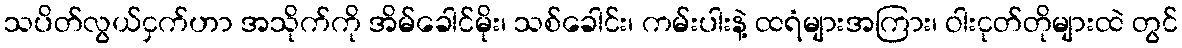
သပိတ်လွယ်ငှက်ဟာ အသိုက်ကို အိမ်ခေါင်မိုး၊ သစ်ခေါင်း၊ ကမ်းပါးနဲ့ ထရံများအကြား၊ ဝါးငုတ်တိုများထဲ တွင်